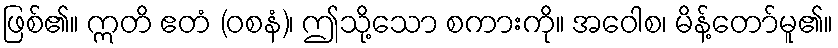
ဖြစ်၏။ ဣတိ ဧတံ (ဝစနံ)၊ ဤသို့သော စကားကို။ အဝေါစ၊ မိန့်တော်မူ၏။